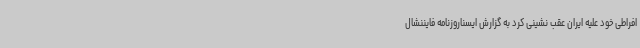
افراطی خود علیه ایران عقب نشینی کرد به گزارش ایسناروزنامه فایننشال